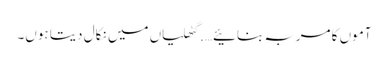
آموں کا مربہ بنائیے….گٹھلیاں میں نکال دیتا ہوں۔